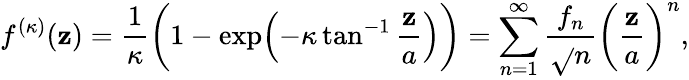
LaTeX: f^{(\kappa)}(\mathbf{z})=\frac{{1}}{{\kappa}}\biggl(1-\exp\Bigl(-\kappa\tan^{-1}\frac{{\mathbf{z}}}{{a}}\Bigr)\biggr)=\sum_{n=1}^{\infty}\frac{{f_{n}}}{{\sqrt{}{{n}}}}\biggl(\frac{{\mathbf{z}}}{{a}}\biggr)^{n},